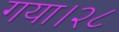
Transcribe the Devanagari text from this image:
गया।२८